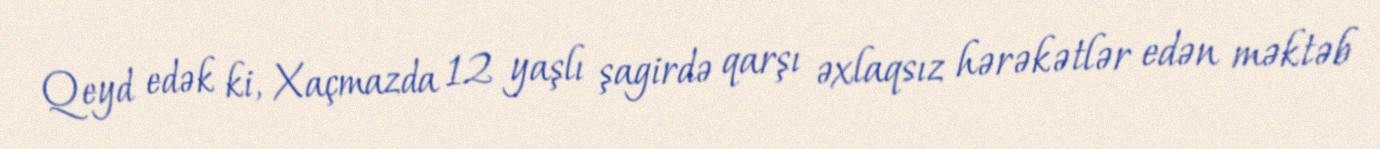
Qeyd edək ki, Xaçmazda 12 yaşlı şagirdə qarşı əxlaqsız hərəkətlər edən məktəb